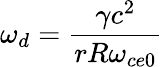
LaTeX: \omega_{d}=\frac{\gamma c^{2}}{rR\omega_{ce0}}